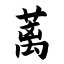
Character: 蓠